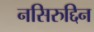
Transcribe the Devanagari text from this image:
नसिरुद्दिन